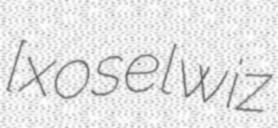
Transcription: [xoseˈlwiz